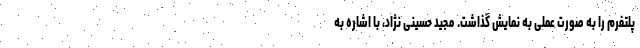
پلتفرم را به صورت عملی به نمایش گذاشت. مجید حسینی نژاد، با اشاره به